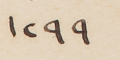
١٢٩٩